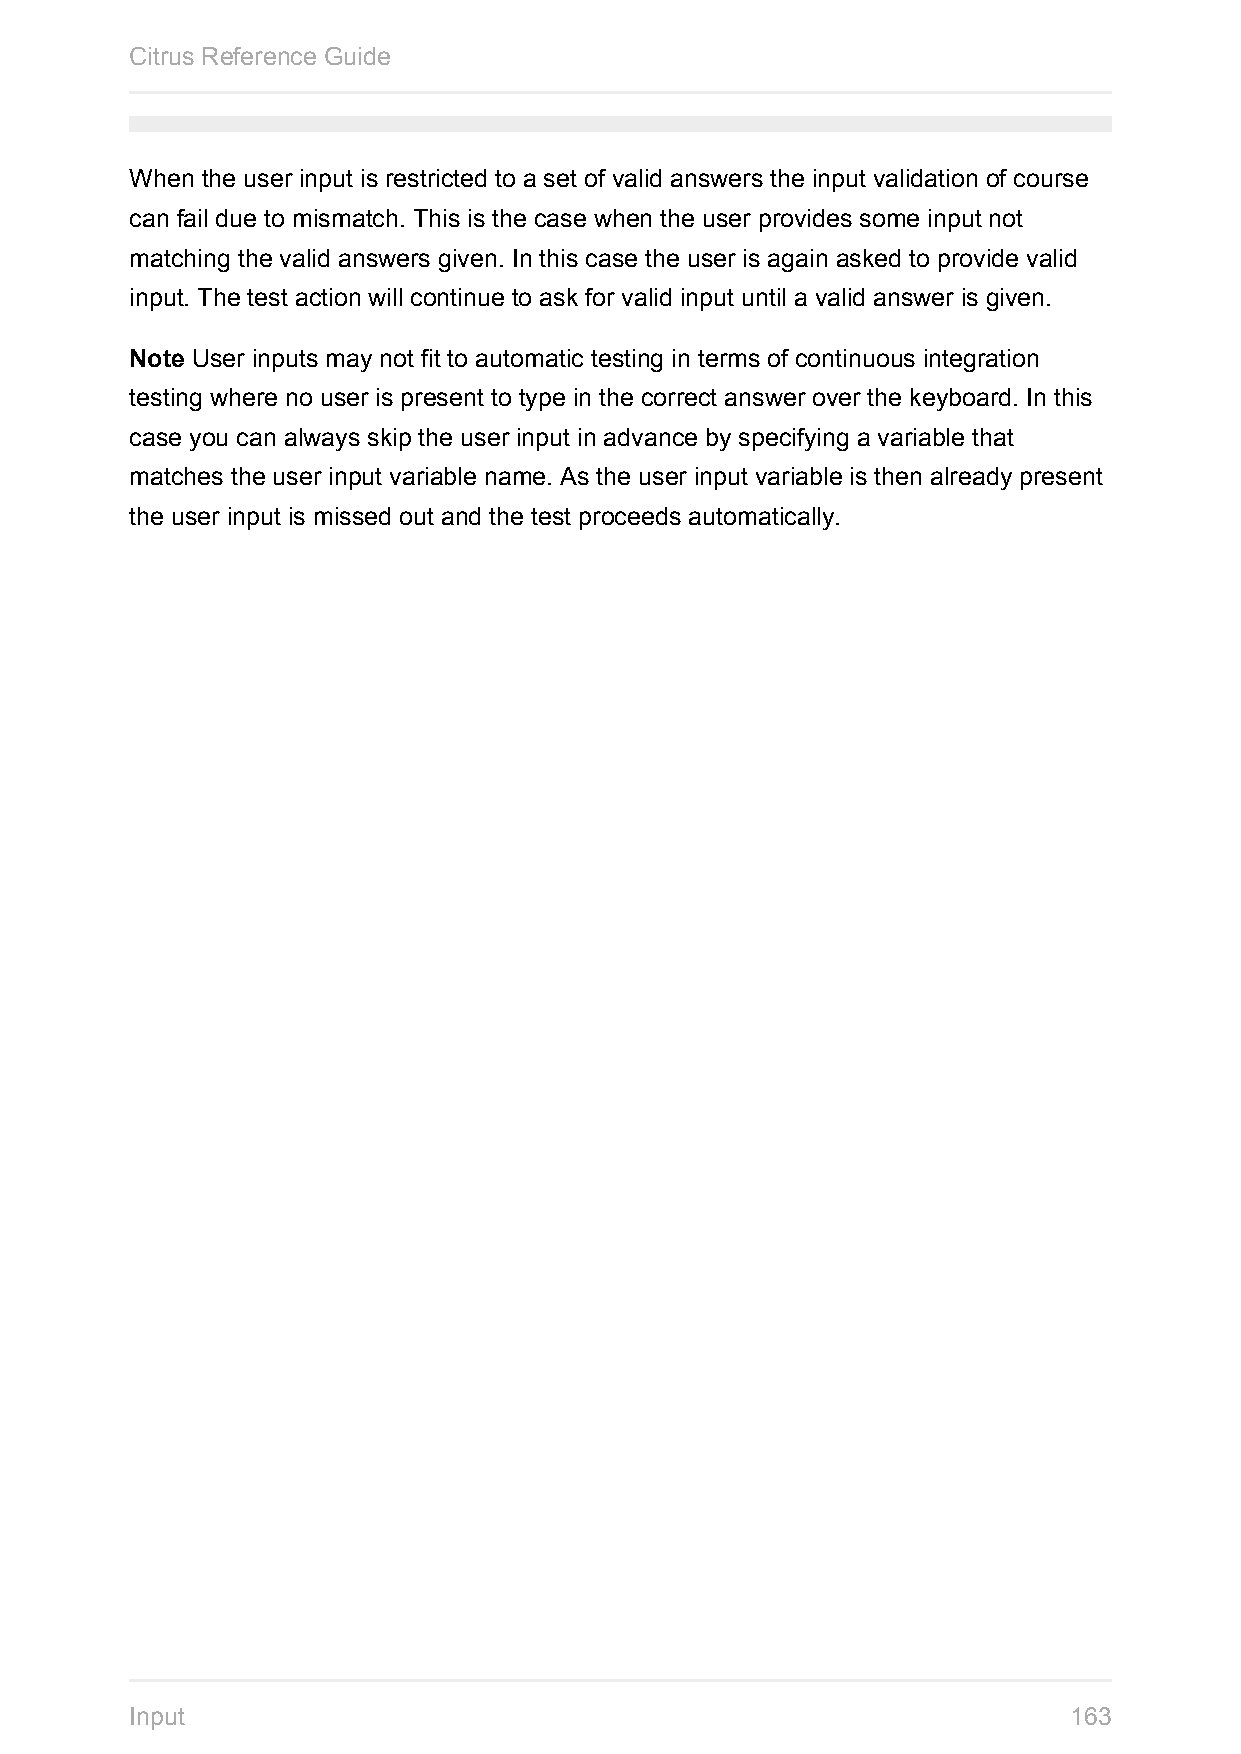
Citrus Reference Guide
 When the user input is restricted to a set of valid answers the input validation of course
 can fail due to mismatch. This is the case when the user provides some input not
 matching the valid answers given. In this case the user is again asked to provide valid
 input. The test action will continue to ask for valid input until a valid answer is given.
 Note User inputs may not fit to automatic testing in terms of continuous integration
 testing where no user is present to type in the correct answer over the keyboard. In this
 case you can always skip the user input in advance by specifying a variable that
 matches the user input variable name. As the user input variable is then already present
 the user input is missed out and the test proceeds automatically.
 Input                                                         163